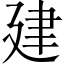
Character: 建